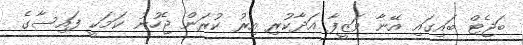
ބަޖެޓް ބައިގައި އޭނާ ވަޒީފާ އަދާކުރި އިރު ކުރަން ޖެހުނު ކަމަކީ ފައިސާގެ